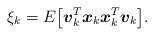
LaTeX: \begin{align*} \xi_k = E \big[ \boldsymbol{v}^T_{k}\boldsymbol{x}_k \boldsymbol{x}^T_{k} \boldsymbol{v}_k \big] .\end{align*}